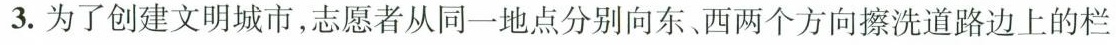
3.为了创建文明城市，志愿者从同一地点分别向东、西两个方向擦洗道路边上的栏